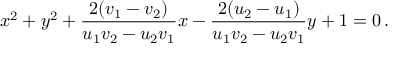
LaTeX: x ^ { 2 } + y ^ { 2 } + { \frac { 2 ( v _ { 1 } - v _ { 2 } ) } { u _ { 1 } v _ { 2 } - u _ { 2 } v _ { 1 } } } x - { \frac { 2 ( u _ { 2 } - u _ { 1 } ) } { u _ { 1 } v _ { 2 } - u _ { 2 } v _ { 1 } } } y + 1 = 0 \, .